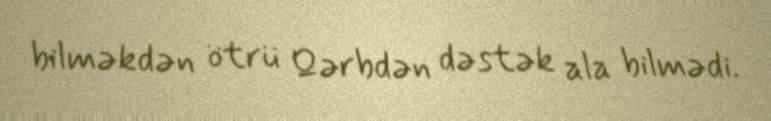
bilməkdən ötrü Qərbdən dəstək ala bilmədi.